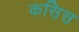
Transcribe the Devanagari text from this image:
कस़िस़